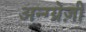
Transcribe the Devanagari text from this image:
अन्ग्ग्रेज़ी